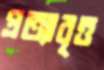
প্রত্যাবৃত্ত